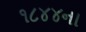
૧૮૪૪ના